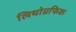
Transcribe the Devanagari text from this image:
लिथोग्रफिक